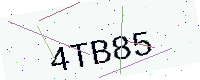
Text: 4TB85